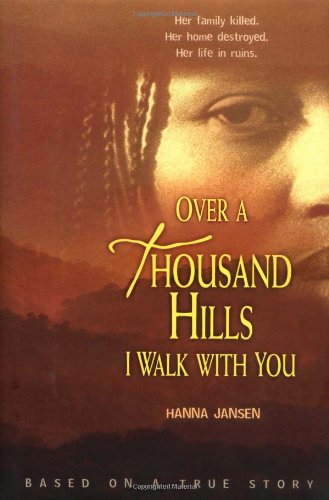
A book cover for Over a Thousand Hills I Walk With You; Hanna Jansen; Teen & Young Adult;